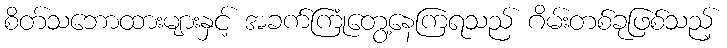
စိတ်သဘောထားများနှင့် အခက်ကြုံတွေ့နေကြရသည် ဂိမ်းတစ်ခုဖြစ်သည့်